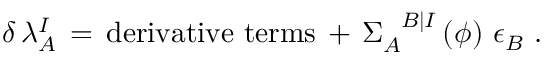
\delta \, \lambda _ { A } ^ { I } \, = \, \mathrm { d e r i v a t i v e ~ t e r m s } \, + \, \Sigma _ { A } ^ { \phantom { A } B \vert I } \left( \phi \right) \, \epsilon _ { B } ~ .